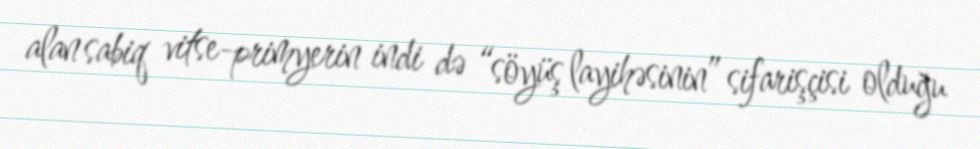
alan sabiq vitse-primyerin indi də “söyüş layihəsinin” sifarişçisi olduğu